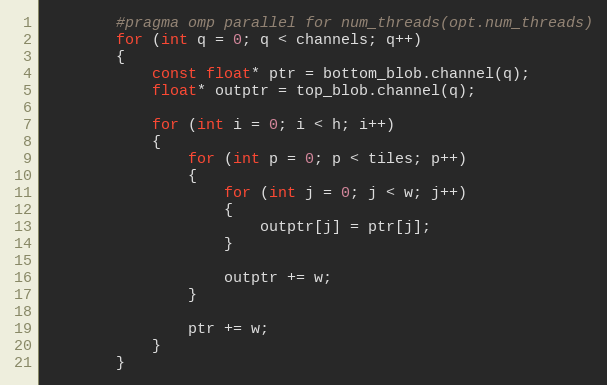
Language: C++
        #pragma omp parallel for num_threads(opt.num_threads)
        for (int q = 0; q < channels; q++)
        {
            const float* ptr = bottom_blob.channel(q);
            float* outptr = top_blob.channel(q);

            for (int i = 0; i < h; i++)
            {
                for (int p = 0; p < tiles; p++)
                {
                    for (int j = 0; j < w; j++)
                    {
                        outptr[j] = ptr[j];
                    }

                    outptr += w;
                }

                ptr += w;
            }
        }